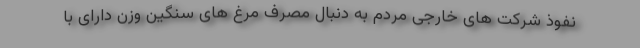
نفوذ شرکت های خارجی مردم به دنبال مصرف مرغ های سنگین وزن دارای با